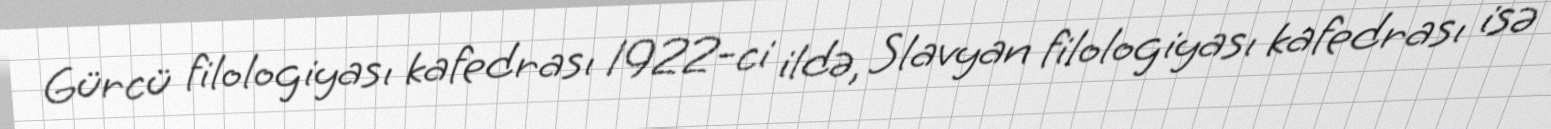
Gürcü filologiyası kafedrası 1922-ci ildə, Slavyan filologiyası kafedrası isə